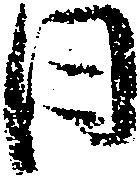
日